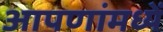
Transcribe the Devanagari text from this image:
आपणांमध्यें